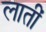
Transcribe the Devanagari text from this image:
लातीं